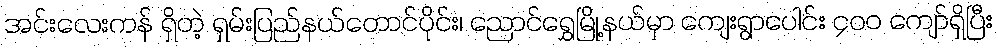
အင်းလေးကန် ရှိတဲ့ ရှမ်းပြည်နယ်တောင်ပိုင်း၊ ညောင်ရွှေမြို့နယ်မှာ ကျေးရွာပေါင်း ၄၀၀ ကျော်ရှိပြီး